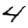
Digit: 4